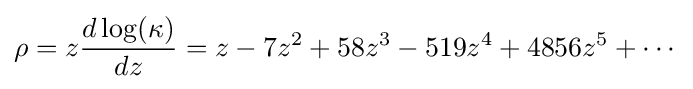
\rho =z{\frac {d\log(\kappa )}{dz}}=z-7z^{2}+58z^{3}-519z^{4}+4856z^{5}+\cdots